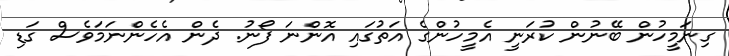
ގިނަމީހުން ބޭނުން ކުރަނީ އެމީހުންގެ އަތުގައި އޮންނަ ފޯނު. ދެން އެހެންނަމަވެސް ގަޑި